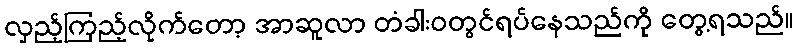
လှည့်ကြည့်လိုက်တော့ အာဆူလာ တံခါးဝတွင်ရပ်နေသည်ကို တွေ့ရသည်။